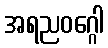
အရညဝဂ္ဂေါ